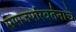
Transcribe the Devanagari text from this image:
समाजपरिवर्तनाचे